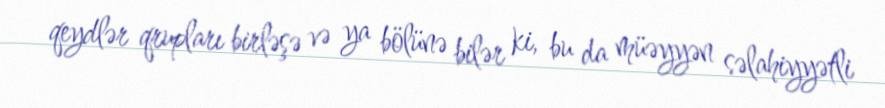
qeydlər qrupları birləşə və ya bölünə bilər ki, bu da müəyyən səlahiyyətli